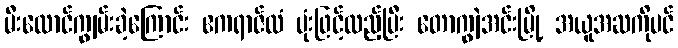
မီးလောင်ကျွမ်းခဲ့ကြောင်း ဧကရာဇ်ထံ ပုံးဖြင့်ထည့်ပြီး တောကျွဲအင်းမြို့ အယူအဆကိုပင်